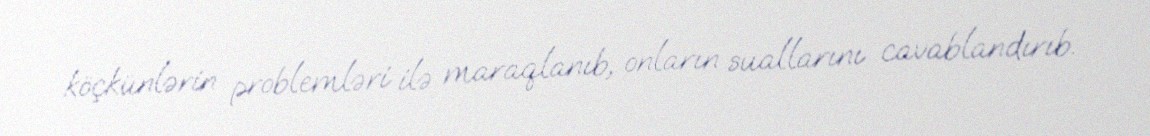
köçkünlərin problemləri ilə maraqlanıb, onların suallarını cavablandırıb.